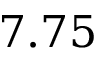
7 . 7 5